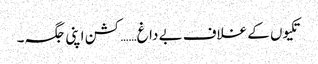
تکیوں کے غلاف بے داغ……کشن اپنی جگہ۔